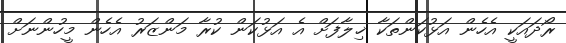
ރޯދައަކީ އެހެން އަޅުކަންތަކާ ޚިލާފަށް އެ އަޅުކަން ކުރާ މަންޒަރު އެހެން މީހުންނަށް